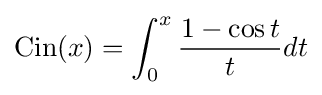
{\text{Cin}}(x)=\int _{0}^{x}{\frac {1-\cos t}{t}}dt